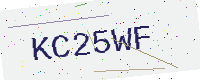
Text: KC25WF